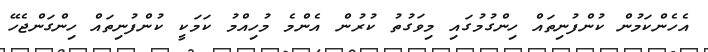
އެެހެންކަމުން ކުންފުނިތައް ހިންގުމުގައި މިވަގުތު ކުރުން އެންމެ މުހިއްމު ކަމަކީ ކުންފުނިތައް ހިންގަންޖެހޭ